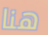
هنا